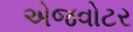
એજવોટર